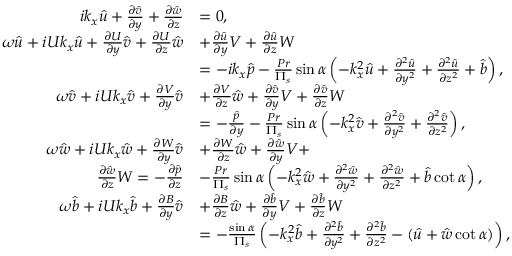
\begin{array} { r l } { i k _ { x } \hat { u } + \frac { \partial \hat { v } } { \partial y } + \frac { \partial \hat { w } } { \partial z } } & { = 0 , } \\ { \omega \hat { u } + i U k _ { x } \hat { u } + \frac { \partial U } { \partial y } \hat { v } + \frac { \partial U } { \partial z } \hat { w } } & { + \frac { \partial \hat { u } } { \partial y } V + \frac { \partial \hat { u } } { \partial z } W } \\ & { = - i k _ { x } \hat { p } - \frac { P r } { \Pi _ { s } } \sin \alpha \left( - k _ { x } ^ { 2 } \hat { u } + \frac { \partial ^ { 2 } \hat { u } } { \partial y ^ { 2 } } + \frac { \partial ^ { 2 } \hat { u } } { \partial z ^ { 2 } } + \hat { b } \right) , } \\ { \omega \hat { v } + i U k _ { x } \hat { v } + \frac { \partial V } { \partial y } \hat { v } } & { + \frac { \partial V } { \partial z } \hat { w } + \frac { \partial \hat { v } } { \partial y } V + \frac { \partial \hat { v } } { \partial z } W } \\ & { = - \frac { \hat { p } } { \partial y } - \frac { P r } { \Pi _ { s } } \sin \alpha \left( - k _ { x } ^ { 2 } \hat { v } + \frac { \partial ^ { 2 } \hat { v } } { \partial y ^ { 2 } } + \frac { \partial ^ { 2 } \hat { v } } { \partial z ^ { 2 } } \right) , } \\ { \omega \hat { w } + i U k _ { x } \hat { w } + \frac { \partial W } { \partial y } \hat { v } } & { + \frac { \partial W } { \partial z } \hat { w } + \frac { \partial \hat { w } } { \partial y } V + } \\ { \frac { \partial \hat { w } } { \partial z } W = - \frac { \partial \hat { p } } { \partial z } } & { - \frac { P r } { \Pi _ { s } } \sin \alpha \left( - k _ { x } ^ { 2 } \hat { w } + \frac { \partial ^ { 2 } \hat { w } } { \partial y ^ { 2 } } + \frac { \partial ^ { 2 } \hat { w } } { \partial z ^ { 2 } } + \hat { b } \cot \alpha \right) , } \\ { \omega \hat { b } + i U k _ { x } \hat { b } + \frac { \partial B } { \partial y } \hat { v } } & { + \frac { \partial B } { \partial z } \hat { w } + \frac { \partial \hat { b } } { \partial y } V + \frac { \partial \hat { b } } { \partial z } W } \\ & { = - \frac { \sin \alpha } { \Pi _ { s } } \left( - k _ { x } ^ { 2 } \hat { b } + \frac { \partial ^ { 2 } \hat { b } } { \partial y ^ { 2 } } + \frac { \partial ^ { 2 } \hat { b } } { \partial z ^ { 2 } } - ( \hat { u } + \hat { w } \cot \alpha ) \right) , } \end{array}